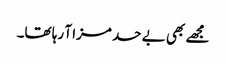
مجھے بھی بے حد مزا آ رہا تھا۔